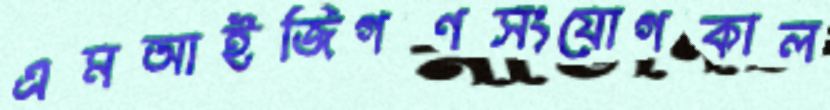
এমআইজিগণসংযোগকাল